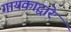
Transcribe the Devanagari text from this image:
गायकाद्वारे